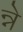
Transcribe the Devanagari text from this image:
न्ने